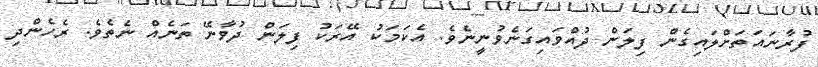
ފުރާނައަތަށްލައިގެން ފިލަން ދުއްވައިގަނެވުނީނެވެ. އެކަމަކު އޭރަކު ފިލަން ދުވާނޭ ތަނެއް ނެތެވެ. ރެހެންދި